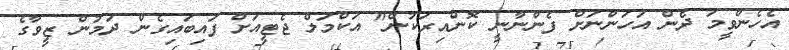
އެހެންވީމަ ދެން އަހަންނަށް ފެންނާނީ ކޮންއިރަކުން" އަކްމަލް ޖެޓީއަށް ފައިބައިގެން ދަމުން ޒީވާގެ